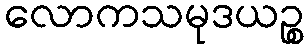
လောကသမုဒယဉ္စ